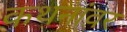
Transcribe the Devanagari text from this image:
कथनांवर